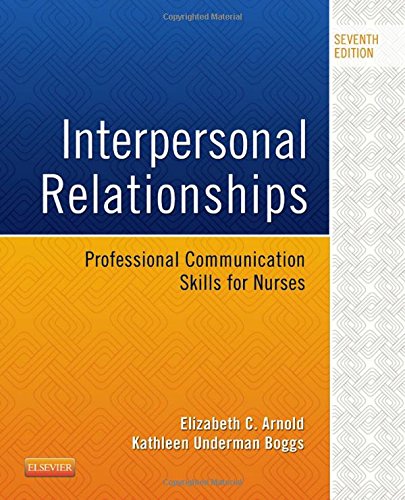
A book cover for Interpersonal Relationships: Professional Communication Skills for Nurses, 7e; Elizabeth C. Arnold PhD  RN  PMHCNS-BC; Medical Books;